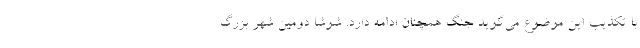
با تکذیب این موضوع می‌گوید جنگ همچنان ادامه دارد. شوشا دومین شهر بزرگ